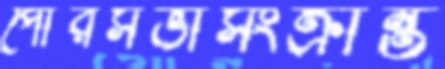
পৌরসভাসংক্রান্ত